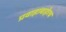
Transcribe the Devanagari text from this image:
प्रवाहाबाहेरच